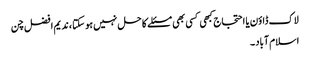
لاک ڈاؤن یا احتجاج کبھی کسی بھی مسئلے کا حل نہیں ہو سکتا ، ندیم افضل چن
اسلام آباد ۔